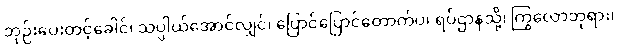
ဘုဉ်းပေးတင့်ခေါင်၊ သပ္ပါယ်အောင်လျှင်၊ ပြောင်ပြောင်တောက်ပ၊ ရပ်ဌာနသို့၊ ကြွလောဘုရား၊